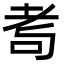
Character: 耉